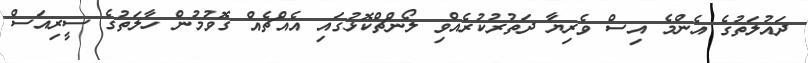
ދައުލަތުގެ އެންމެ އިސް ވެރިޔާ ދަތުރުކުރެއްވި ލޯންޗްކޮޅުގައި އެއްޗެއް ގޮވުމުން ހާލަތުގެ ސީރިއަސް